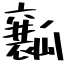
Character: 瓤